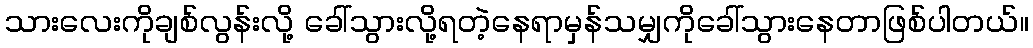
သားလေးကိုချစ်လွန်းလို့ ခေါ်သွားလို့ရတဲ့နေရာမှန်သမျှကိုခေါ်သွားနေတာဖြစ်ပါတယ်။